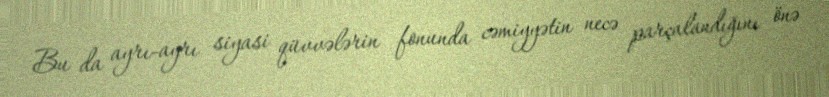
Bu da ayrı-ayrı siyasi qüvvələrin fonunda cəmiyyətin necə parçalandığını önə